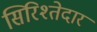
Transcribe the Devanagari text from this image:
सिरिश्तेदार